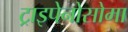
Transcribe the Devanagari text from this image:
ट्राइपेनोसोमा